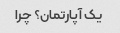
یک آپارتمان؟ چرا